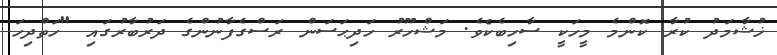
ޚުޝާމަދު ކުރާ ކޮންމެ މީހަކީ ސާހިބެކެވެ. މަޝްހޫރު ހަދިޙަސަން ރަސްގެފާނުންގެ ދަރުބާރުގައި "ހަތްދިހަ